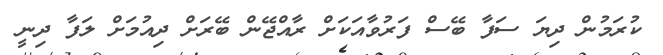
ކުރަމުން ދިޔަ ސަފާ ބޭސް ފަރުވާއަކަށް ރާއްޖޭން ބޭރަށް ދިއުމަށް ލަފާ ދިނީ